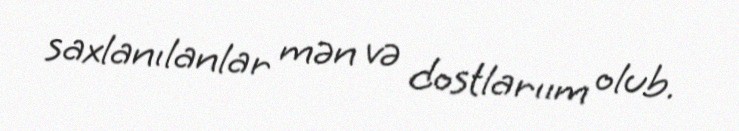
saxlanılanlar mən və dostlarıım olub.